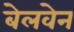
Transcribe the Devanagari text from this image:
बेलवेन